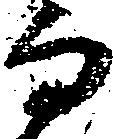
而